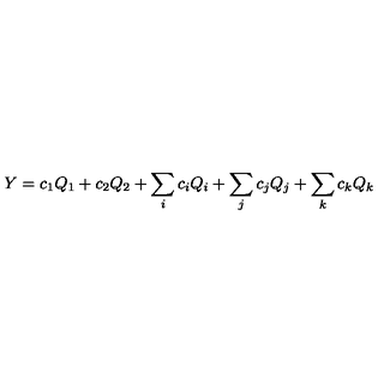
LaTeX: Y = c _ { 1 } Q _ { 1 } + c _ { 2 } Q _ { 2 } + \sum _ { i } c _ { i } Q _ { i } + \sum _ { j } c _ { j } Q _ { j } + \sum _ { k } c _ { k } Q _ { k }